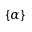
\{ \alpha \}